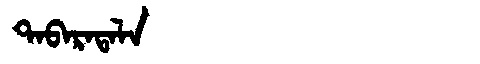
Manchu: ᡨᠠᠪᠠᡵᠠᡨᠠᠯᠠ
Romanization: TABARATALA